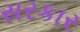
સરકાર